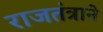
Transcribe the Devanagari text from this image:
राजतंत्राने